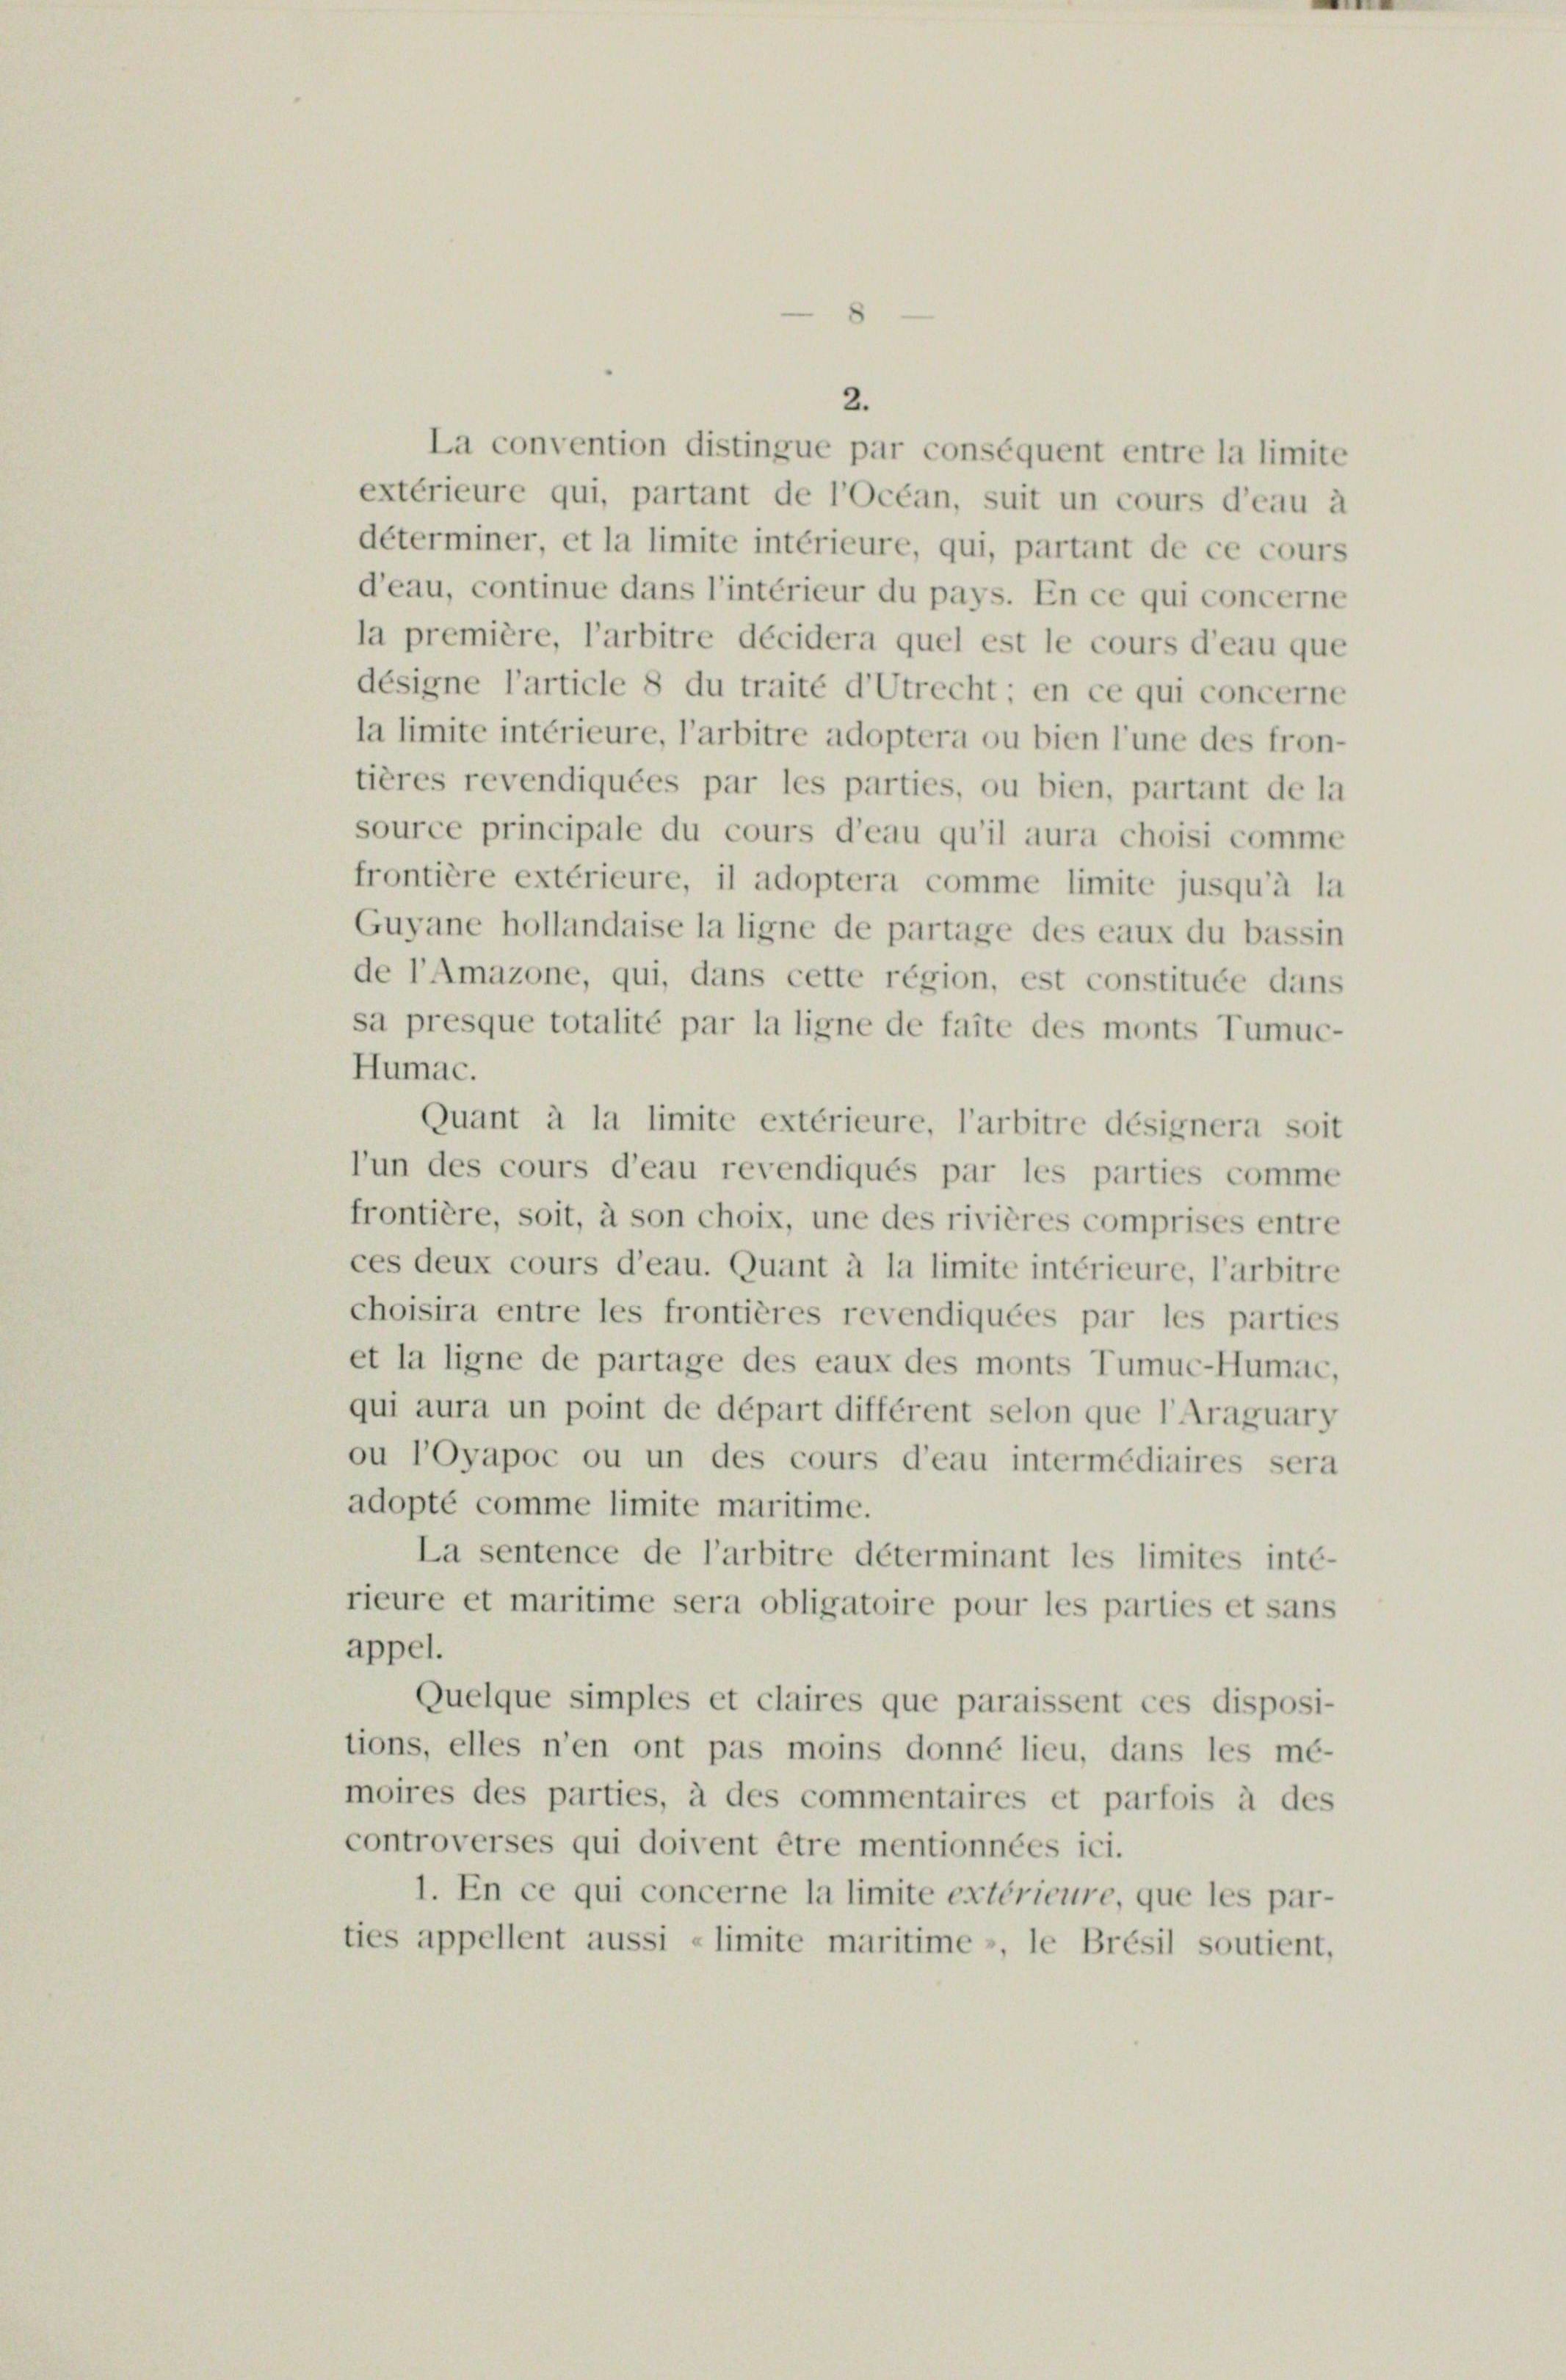
La convention distingue par conséquent entre la limite
extérieure qui, partant de l’Océan, suit un cours d’eau à
déterminer, et la limite intérieure, qui, partant de ce cours
d’eau, continue dans l’intérieur du pays. En ce qui concerne
la première, l’arbitre décidera quel est le cours d’eau que
désigne l’article 8 du traité d’Utrecht; en ce qui concerne
la limite intérieure, l’arbitre adoptera ou bien l’une des fron-
tières revendiquées par les parties, ou bien, partant de la
source principale du cours d’eau qu’il aura choisi comme
frontière extérieure, il adoptera comme limite jusqu’à la
Guyane hollandaise la ligne de partage des eaux du bassin
de l’Amazone, qui, dans cette région, est constituée dans
sa presque totalité par la ligne de faite des monts Tumuc-
Humac.
Quant à la limite extérieure, l’arbitre désignera soit
l’un des cours d’eau revendiqués par les parties comme
frontière, soit, à son choix, une des rivières comprises entre
ces deux cours d’eau. Quant à la limite intérieure, l’arbitre
choisira entre les frontières revendiquées par les parties
et la ligne de partage des eaux des monts Tumuc-Humac,
qui aura un point de départ différent selon que l’Araguary
ou l’Oyapoc ou un des cours d’eau intermédiaires sera
adopté comme limite maritime.
La sentence de l’arbitre déterminant les limites inté-
rieure et maritime sera obligatoire pour les parties et sans
appel.
Quelque simples et claires que paraissent ces disposi-
tions, elles n’en ont pas moins donné lieu, dans les mé-
moires des parties, à des commentaires et parfois à des
controverses qui doivent être mentionnées ici.
1. En ce qui concerne la limite extérieure, que les par-
ties appellent aussi «limite maritime », le Brésil soutient,

2.